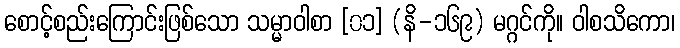
စောင့်စည်းကြောင်းဖြစ်သော သမ္မာဝါစာ [၀၁] (နိ-၁၆၉) မဂ္ဂင်ကို။ ဝါစသိကော၊